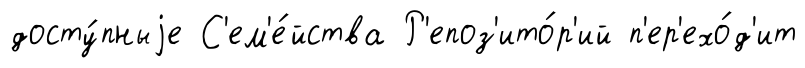
досту́пныjе С'ем'е́йства Р'епоз'ито́р'ий п'ер'ехо́д'ит